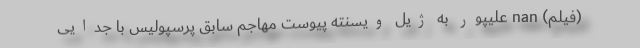
(فیلم) nan علیپور به ژیل ویسنته پیوست مهاجم سابق پرسپولیس با جدایی